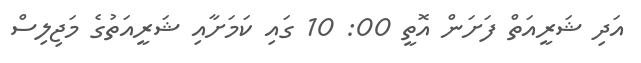
އަދި ޝަރީއަތް ފަށަން އޮތީ 00: 10 ގައި ކަމަށާއި ޝަރީއަތުގެ މަޖިލިސް